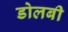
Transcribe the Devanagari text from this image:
डोलबी